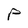
Character: P